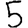
Digit: 5